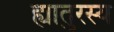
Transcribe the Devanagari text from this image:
ह्यातुरस्य